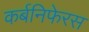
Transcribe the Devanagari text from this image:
कर्बनिफेरस